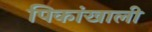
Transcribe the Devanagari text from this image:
पिकांखाली